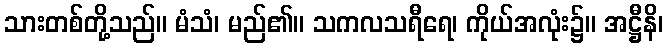
သားတစ်တို့သည်။ မံသံ၊ မည်၏။ သကလသရီရေ၊ ကိုယ်အလုံး၌။ အဋ္ဌီနိ၊